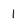
Character: 1